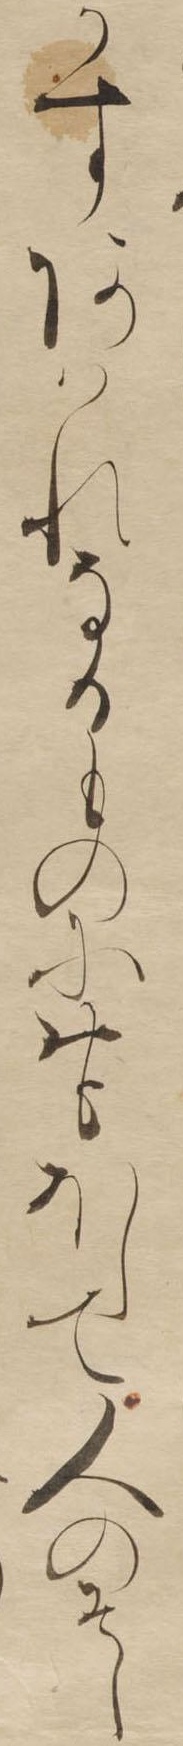
かすあはれなるものにおほゝして人のそし